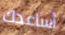
أساعدك